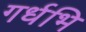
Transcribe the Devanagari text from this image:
गर्धभि